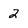
Character: 2